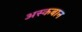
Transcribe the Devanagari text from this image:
अस्कबान